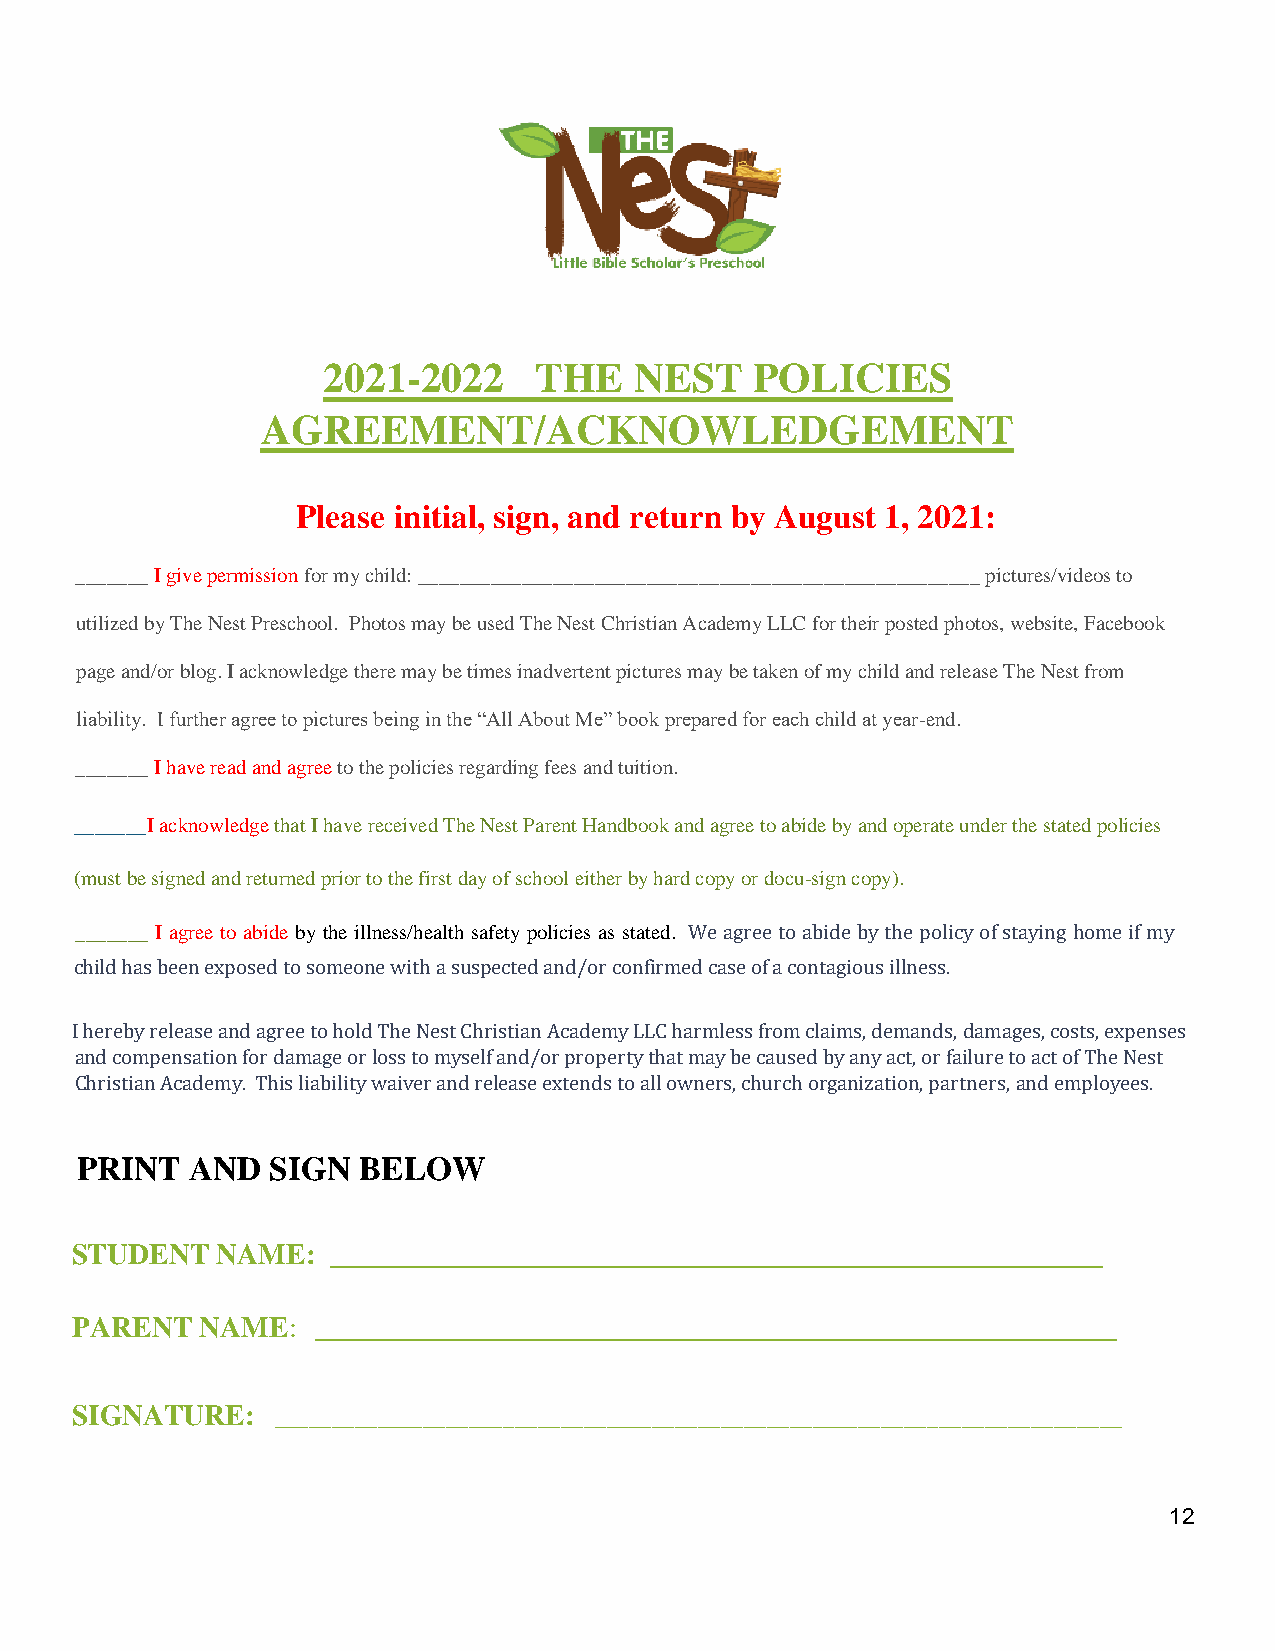
2021-2022     THE    NEST    POLICIES
 AGREEMENT/ACKNOWLEDGEMENT
 Please initial, sign, and return by August 1, 2021:
 _______ I give permission for my child: ______________________________________________________ pictures/videos to
 utilized by The Nest Preschool. Photos may be used The Nest Christian Academy LLC for their posted photos, website, Facebook
 page and/or blog. I acknowledge there may be times inadvertent pictures may be taken of my child and release The Nest from
 liability. I further agree to pictures being in the “All About Me” book prepared for each child at year-end.
 _______ I have read and agree to the policies regarding fees and tuition.
 _______I acknowledge that I have received The Nest Parent Handbook and agree to abide by and operate under the stated policies
 (must be signed and returned prior to the first day of school either by hard copy or docu-sign copy).
 _______ I agree to abide by the illness/health safety policies as stated. We agree to abide by the policy of staying home if my
 child has been exposed to someone with a suspected and/or confirmed case of a contagious illness.
 I hereby release and agree to hold The Nest Christian Academy LLC harmless from claims, demands, damages, costs, expenses
 and compensation for damage or loss to myself and/or property that may be caused by any act, or failure to act of The Nest
 Christian Academy. This liability waiver and release extends to all owners, church organization, partners, and employees.
 PRINT  AND   SIGN  BELOW
 STUDENT  NAME:   _____________________________________________________
 PARENT  NAME:   _______________________________________________________
 SIGNATURE:   __________________________________________________________________________
 12